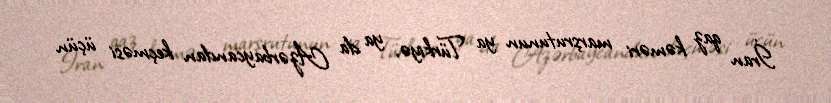
İran qaz kəməri marşrutunun ya Türkiyə, ya da Azərbaycandan keçməsi üçün